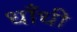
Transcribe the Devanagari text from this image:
धाँधी